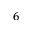
^ 6